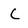
Character: C